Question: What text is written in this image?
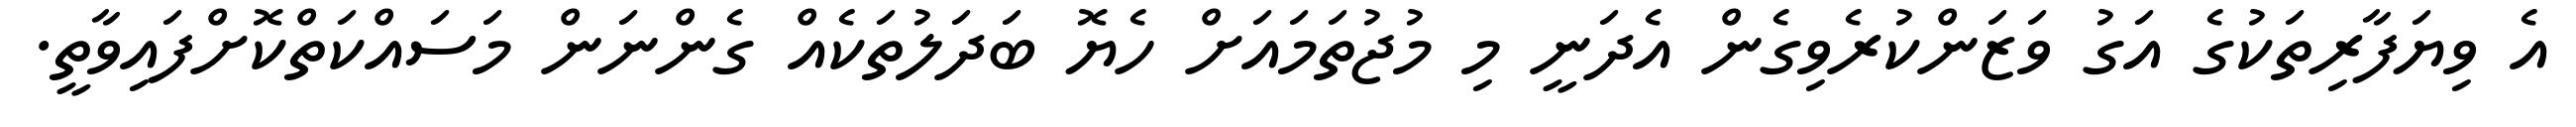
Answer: އެ ވިޔަފާރިތަކުގެ އަގު ވަޒަންކުރެވިގެން އެދަނީ މި މުޖުތަމައަށް ހެޔޮ ބަދަލުތަކެއް ގެންނަން މަސައްކަތްކޮށްފައިވާތީ.